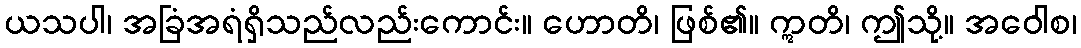
ယသပါ၊ အခြံအရံရှိသည်လည်းကောင်း။ ဟောတိ၊ ဖြစ်၏။ ဣတိ၊ ဤသို့။ အဝေါစ၊